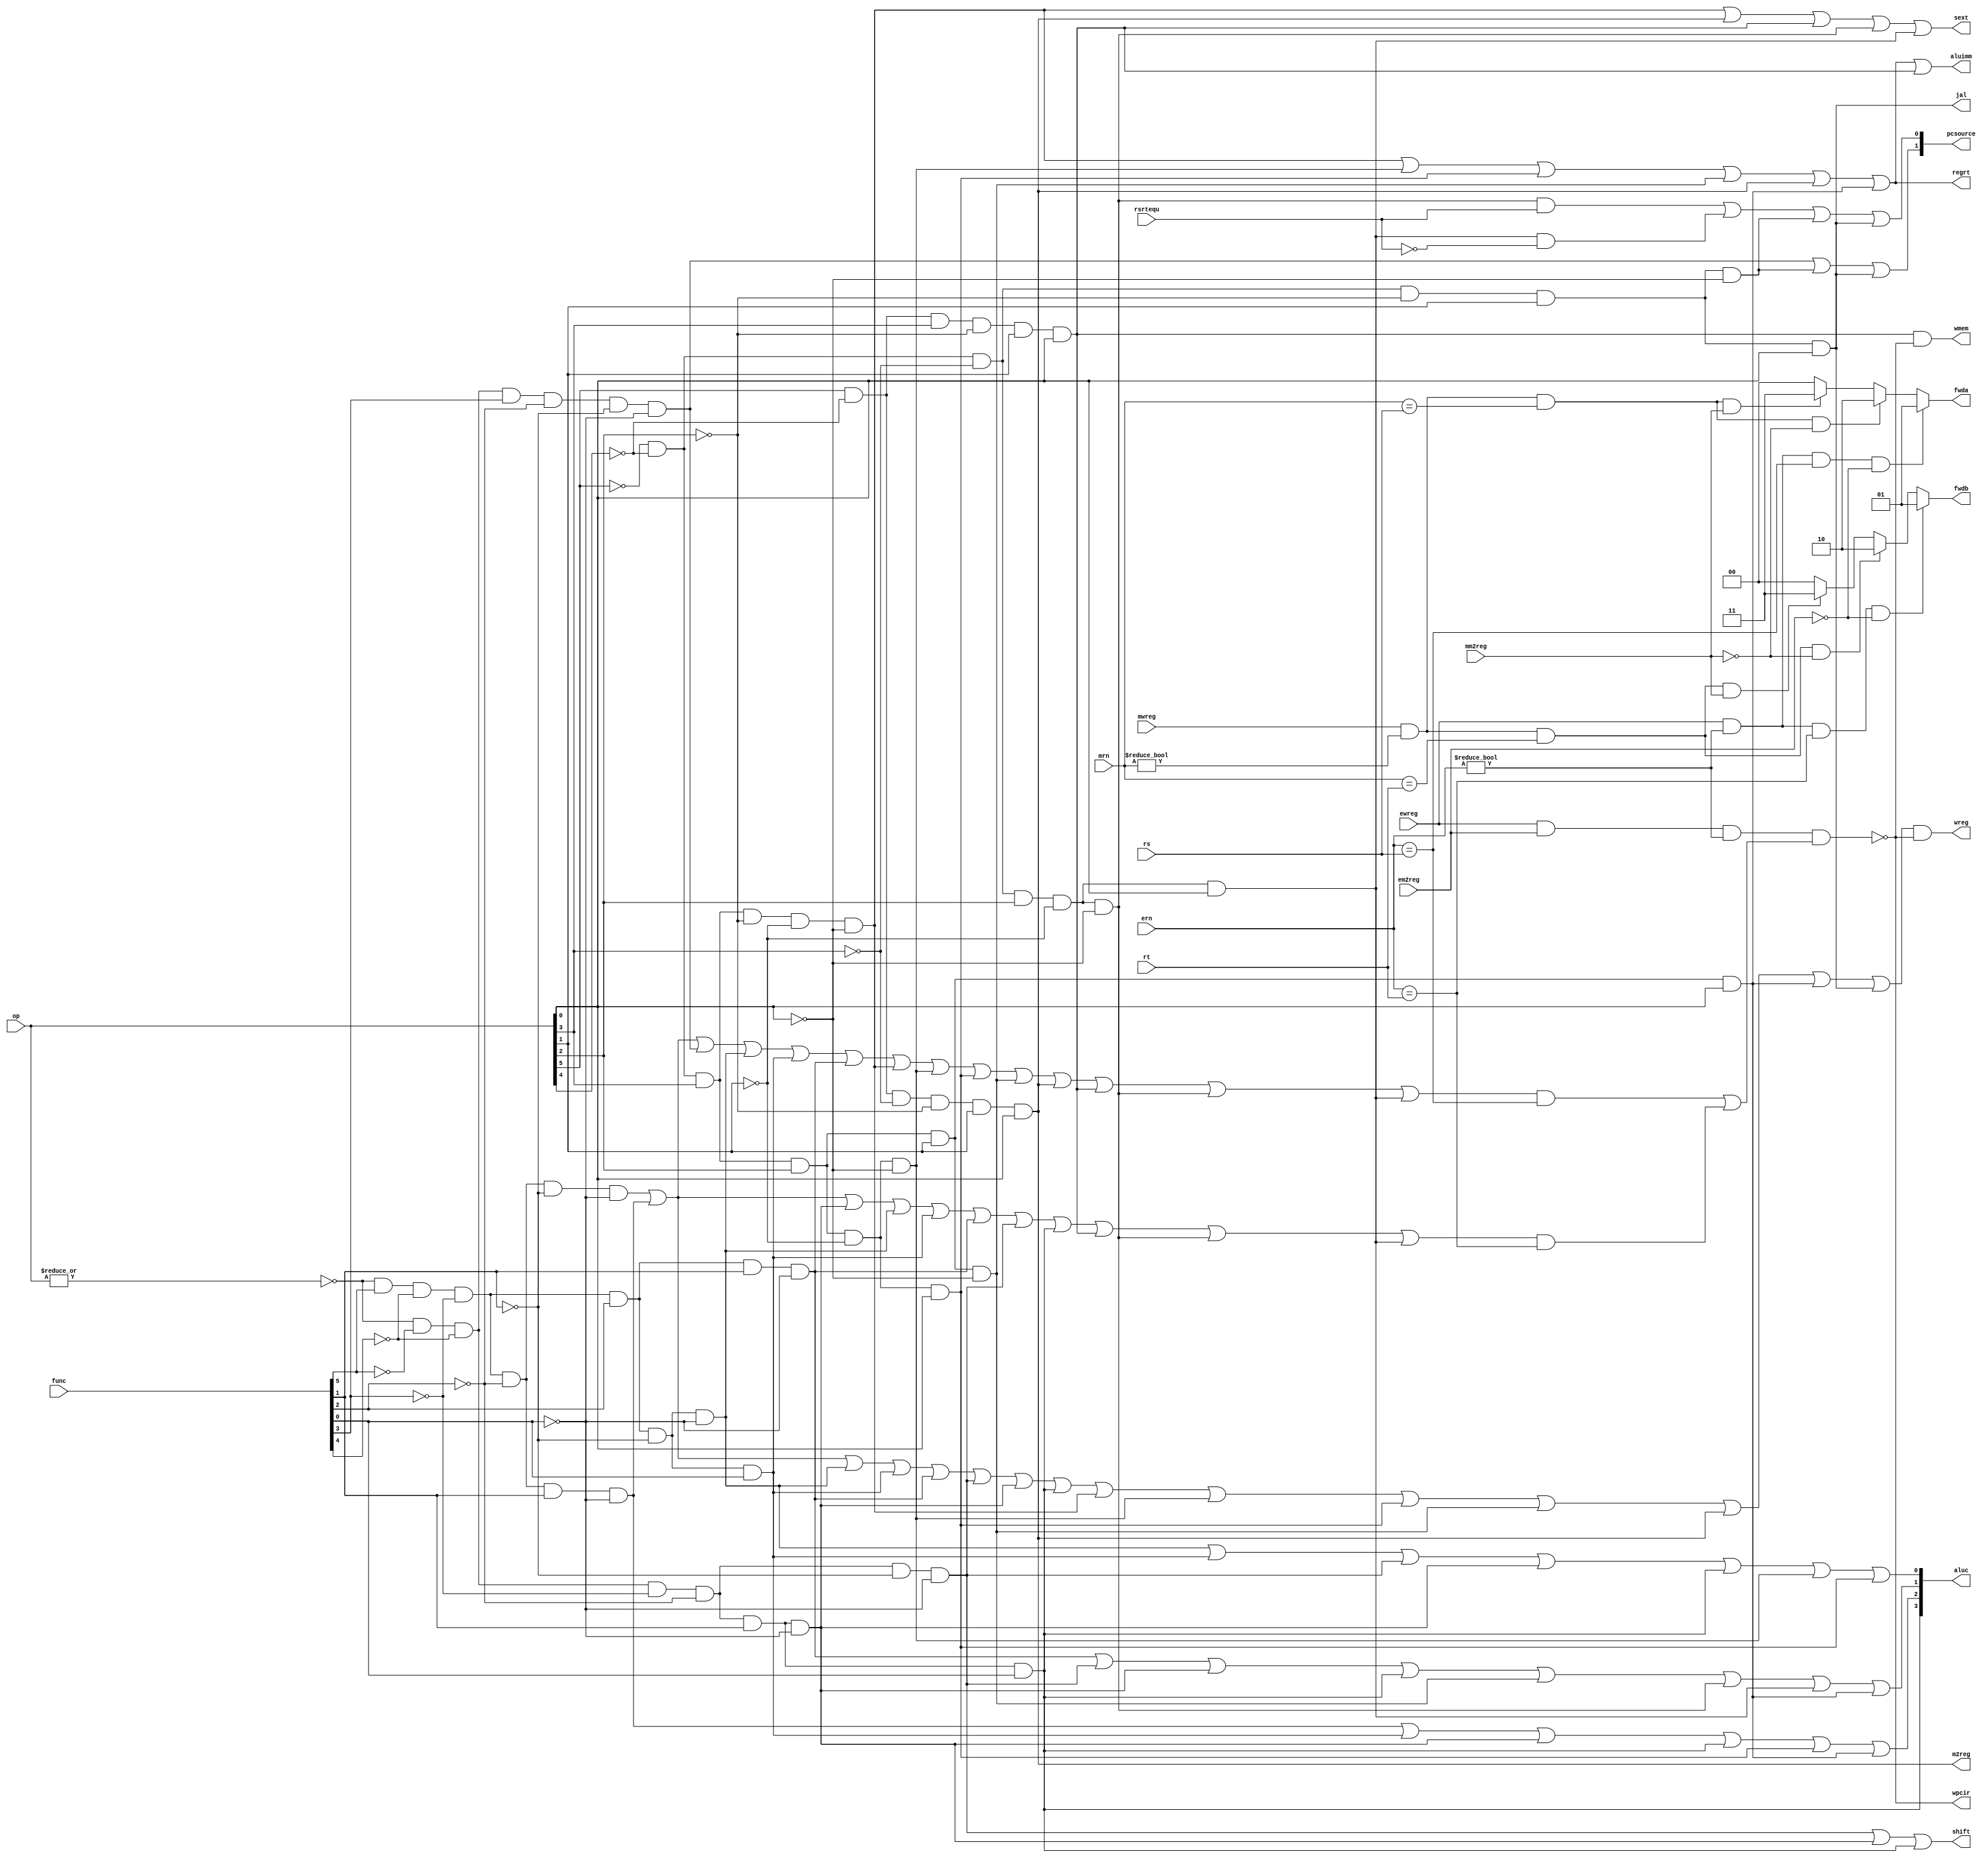
module id_analysis(op,func,rs,rt,
	mrn,mm2reg,mwreg,ern,em2reg,ewreg,rsrtequ,
	pcsource,wpcir,wreg,m2reg,wmem,jal,
	aluc,aluimm,shift,regrt,sext,fwdb,fwda);
   input mwreg,ewreg,em2reg,mm2reg,rsrtequ;
	input [4:0] mrn,ern,rs,rt;
	input [5:0] func,op;
	
	output wreg,m2reg,wmem,regrt,aluimm,sext,shift,jal;
	output [3:0] aluc;
	output [1:0] pcsource;
	output reg [1:0] fwda,fwdb;
	output wpcir;
	
	wire r_type = ~|op;
	wire i_add = r_type &  func[5] & ~func[4] & ~func[3] & ~func[2] & ~func[1] & ~func[0];          //100000
	wire i_sub = r_type &  func[5] & ~func[4] & ~func[3] & ~func[2] &  func[1] & ~func[0];          //100010
	wire i_and = r_type &  func[5] & ~func[4] & ~func[3] &  func[2] & ~func[1] & ~func[0];          //100100 
	wire i_or  = r_type &  func[5] & ~func[4] & ~func[3] &  func[2] & ~func[1] &  func[0];          //100101
	
	wire i_xor = r_type &  func[5] & ~func[4] & ~func[3] &  func[2] &  func[1] & ~func[0];          //100110
	wire i_sll = r_type & ~func[5] & ~func[4] & ~func[3] & ~func[2] & ~func[1] & ~func[0];          //000000
	wire i_srl = r_type & ~func[5] & ~func[4] & ~func[3] & ~func[2] &  func[1] & ~func[0];          //000010
	wire i_sra = r_type & ~func[5] & ~func[4] & ~func[3] & ~func[2] &  func[1] &  func[0];          //000011
	wire i_jr  = r_type & ~func[5] & ~func[4] &  func[3] & ~func[2] & ~func[1] & ~func[0];          //001000
	
	wire i_addi = ~op[5] & ~op[4] &  op[3] & ~op[2] & ~op[1] & ~op[0]; //001000
	wire i_andi = ~op[5] & ~op[4] &  op[3] &  op[2] & ~op[1] & ~op[0]; //001100
	wire i_ori  = ~op[5] & ~op[4] &  op[3] &  op[2] & ~op[1] &  op[0]; //001101
	wire i_sw   =  op[5] & ~op[4] &  op[3] & ~op[2] &  op[1] &  op[0]; //101011
	wire i_beq  = ~op[5] & ~op[4] & ~op[3] &  op[2] & ~op[1] & ~op[0]; //000100
	wire i_bne  = ~op[5] & ~op[4] & ~op[3] &  op[2] & ~op[1] &  op[0]; //000101
	wire i_lui  = ~op[5] & ~op[4] &  op[3] &  op[2] &  op[1] &  op[0]; //001111
	wire i_j    = ~op[5] & ~op[4] & ~op[3] & ~op[2] &  op[1] & ~op[0]; //000010        
	wire i_xori = ~op[5] & ~op[4] &  op[3] &  op[2] &  op[1] & ~op[0]; //001110  
	wire i_lw   =  op[5] & ~op[4] & ~op[3] & ~op[2] &  op[1] &  op[0]; //100011  
	wire i_jal  = ~op[5] & ~op[4] & ~op[3] & ~op[2] &  op[1] &  op[0]; //000011
	
	wire i_rs = i_add | i_sub | i_jr  | i_and | i_or | i_xor | i_addi | i_andi
					| i_ori | i_xori | i_lw | i_sw | i_beq | i_bne ;
	wire i_rt = i_add | i_sub  | i_srl  | i_and | i_or | i_xor | i_sll| i_sra
					| i_sw  | i_beq  | i_bne ;
	assign aluc[3] = i_sra;
	assign aluc[2] = i_sub | i_or | i_srl | i_sra | i_ori | i_lui;
	assign aluc[1] = i_xor | i_sll | i_srl | i_sra | i_xori | i_beq | i_bne | i_lui;
	assign aluc[0] = i_and | i_or | i_sll | i_srl | i_sra | i_andi | i_ori;

	assign wreg = (i_add | i_sub | i_and | i_or | i_xor | i_sll | i_srl | i_sra
						| i_addi | i_andi | i_ori | i_xori | i_lw | i_lui | i_jal ) & wpcir;
	assign regrt = i_addi | i_andi | i_ori | i_xori | i_lw | i_lui ;
	assign jal = i_jal;
	assign m2reg = i_lw;
	assign shift = i_sll | i_srl | i_sra;
	assign aluimm = i_addi | i_andi | i_ori | i_xori | i_lw | i_lui | i_sw ;
	assign sext = i_addi | i_lw | i_sw | i_beq | i_bne ;
	assign wmem = i_sw & wpcir;
	assign pcsource[1] = i_jr | i_j | i_jal;
	assign pcsource[0] = (i_beq & rsrtequ) | (i_bne & ~rsrtequ) | i_j | i_jal;
	
	assign wpcir = ~ (ewreg & em2reg & (ern != 0 ) & (i_rs & (ern == rs) | i_rt & (ern == rt)));
//handle hazard
	always @ (ewreg or mwreg or ern or mrn or em2reg or mm2reg or rs or rt )begin
		fwda =2'b00;// no hazard
		if (ewreg & (ern != 0 ) & (ern == rs) & ~em2reg)begin
			fwda = 2'b01; //select exe_alu
		end else begin
			if (mwreg & (mrn != 0 ) & (mrn == rs) & ~mm2reg) begin
				fwda = 2'b10;//select mem_alu
			end else begin
				if (mwreg & (mrn != 0) & (mrn == rs) & mm2reg) begin
					fwda = 2'b11;//select mem_lw
				end
			end
		end
		
		fwdb = 2'b00; //default  no hazards
		if (ewreg & (ern !=0 ) & (ern == rt) & ~em2reg) begin
			fwdb = 2'b01; // select exe_alu
		end else begin
			if (mwreg & (mrn != 0) & (mrn == rt) & ~mm2reg)begin
				fwdb = 2'b10 ;//select mem_alu
			end else begin
				if (mwreg & (mrn != 0 ) & (mrn == rt) & mm2reg )begin
					fwdb =2'b11;//select mem_lw
				end
			end
		end
	end
endmodule